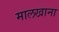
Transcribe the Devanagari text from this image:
मालखाना